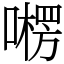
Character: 㘄